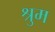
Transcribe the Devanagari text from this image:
श्रुम